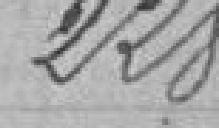
228